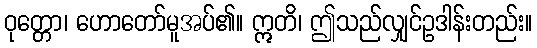
ဝုတ္တော၊ ဟောတော်မူအပ်၏။ ဣတိ၊ ဤသည်လျှင်ဥဒါန်းတည်း။